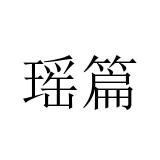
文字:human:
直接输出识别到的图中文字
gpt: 瑶篇